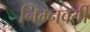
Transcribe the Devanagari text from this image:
निम्नवर्ती